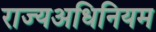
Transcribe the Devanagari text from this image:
राज्यअधिनियम